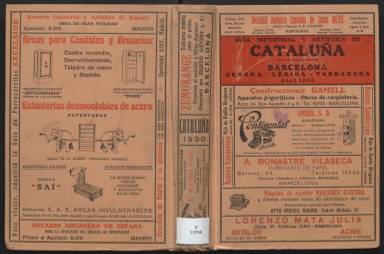
Título: Guía industrial y artística de Cataluña
Colección: Guías y directorios
Ámbito geográfico: Madrid
Lugar de publicación: Madrid
Fechas: 01/01/1930-31/12/1934